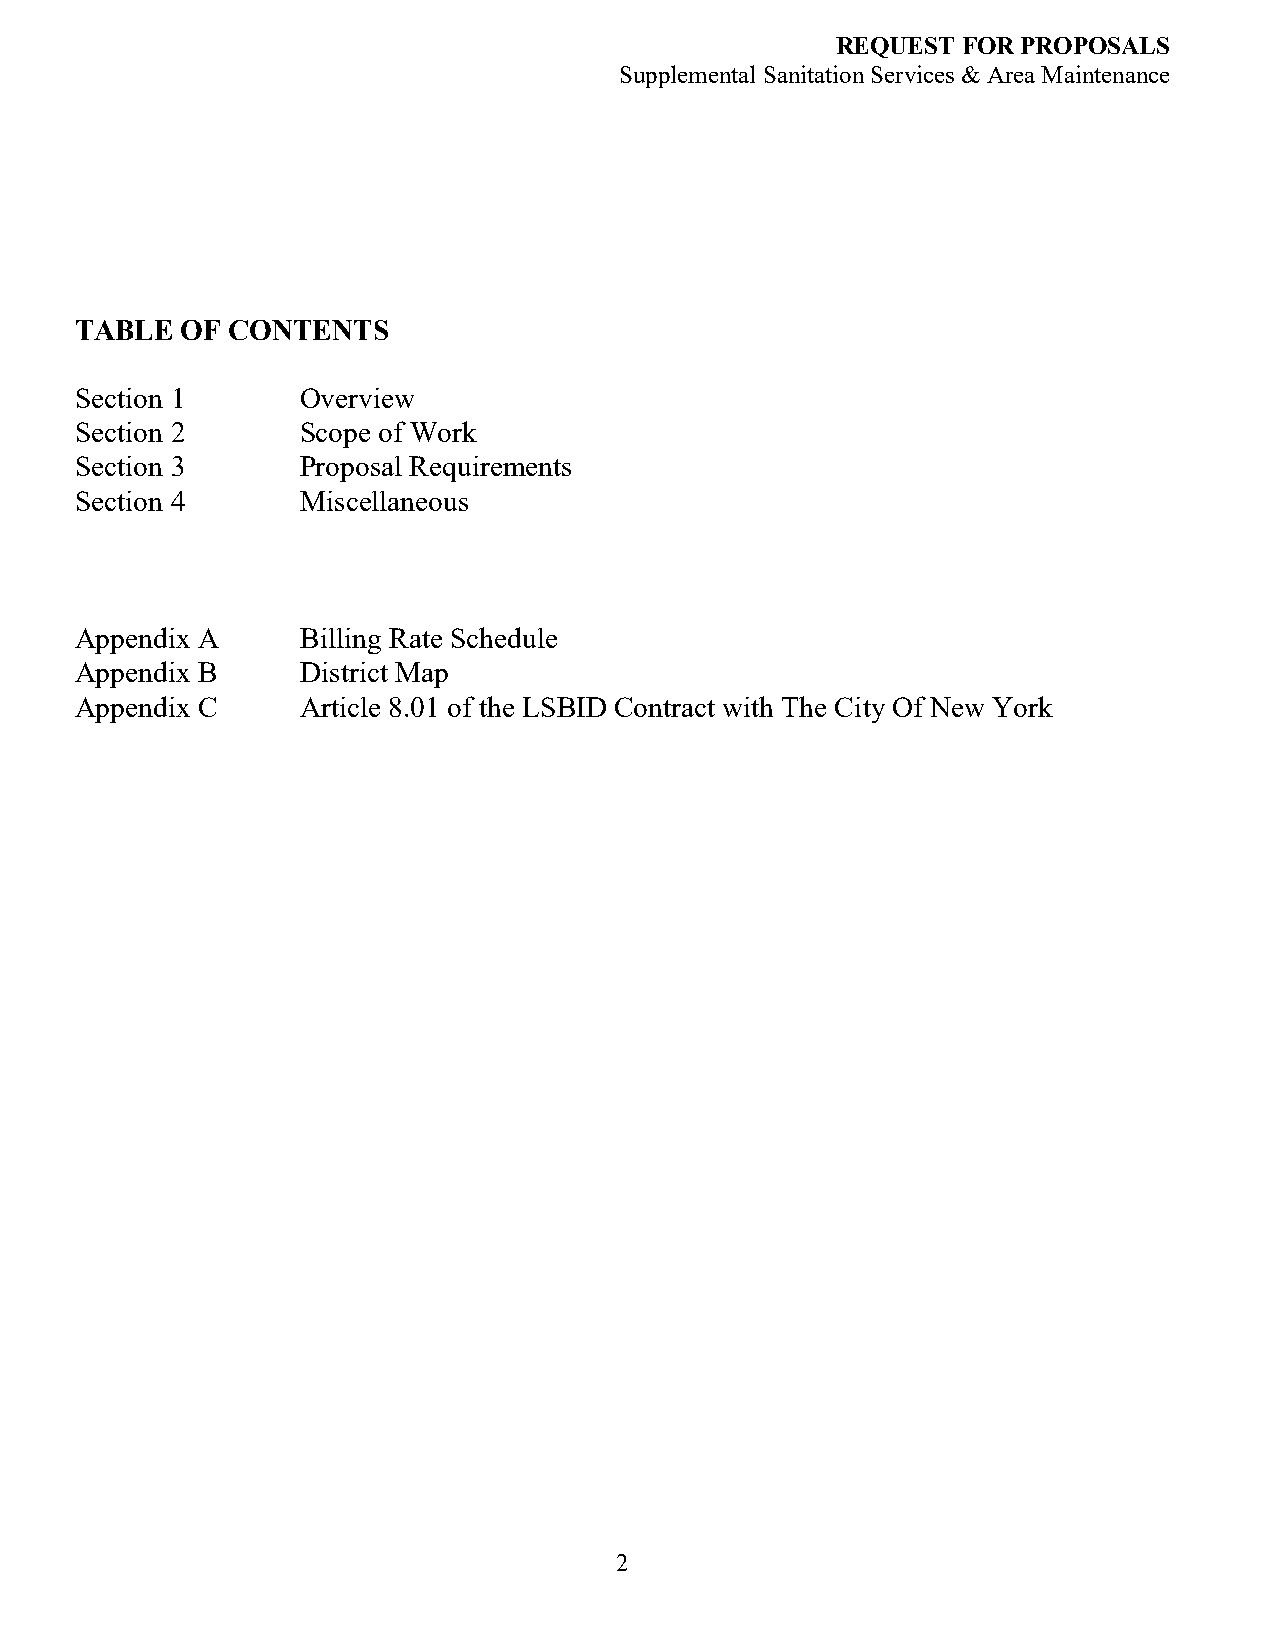
REQUEST  FOR PROPOSALS
 Supplemental Sanitation Services & Area Maintenance
 TABLE  OF CONTENTS
 Section 1      Overview
 Section 2      Scope of Work
 Section 3      Proposal Requirements
 Section 4      Miscellaneous
 Appendix A     Billing Rate Schedule
 Appendix B     District Map
 Appendix C     Article 8.01 of the LSBID Contract with The City Of New York
 2